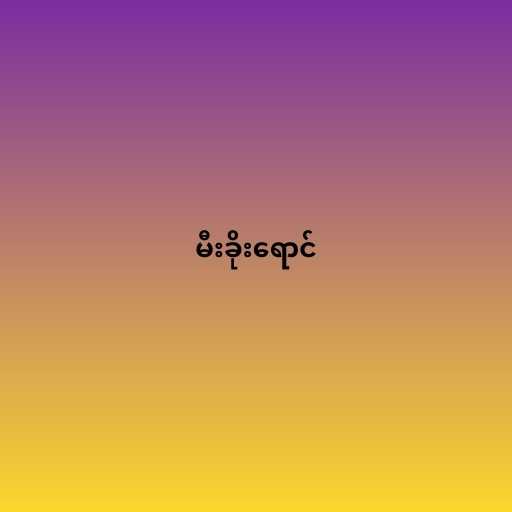
မီးခိုးရောင်